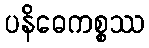
ပနိဓေကစ္စဿ